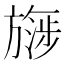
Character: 𬀔